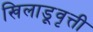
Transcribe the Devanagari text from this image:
खिलाडूवृत्ती